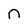
Character: n